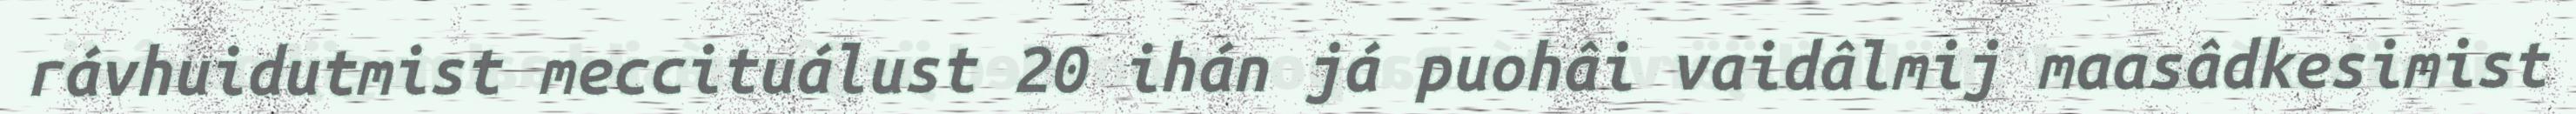
rávhuidutmist meccituálust 20 ihán já puohâi vaidâlmij maasâdkesimist